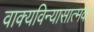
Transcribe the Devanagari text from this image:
वाक्यविन्यासात्मक